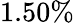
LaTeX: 1.50\%